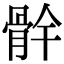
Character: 䯎